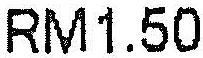
RM1.50